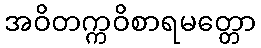
အဝိတက္ကဝိစာရမတ္တော